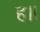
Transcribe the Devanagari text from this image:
ह॥